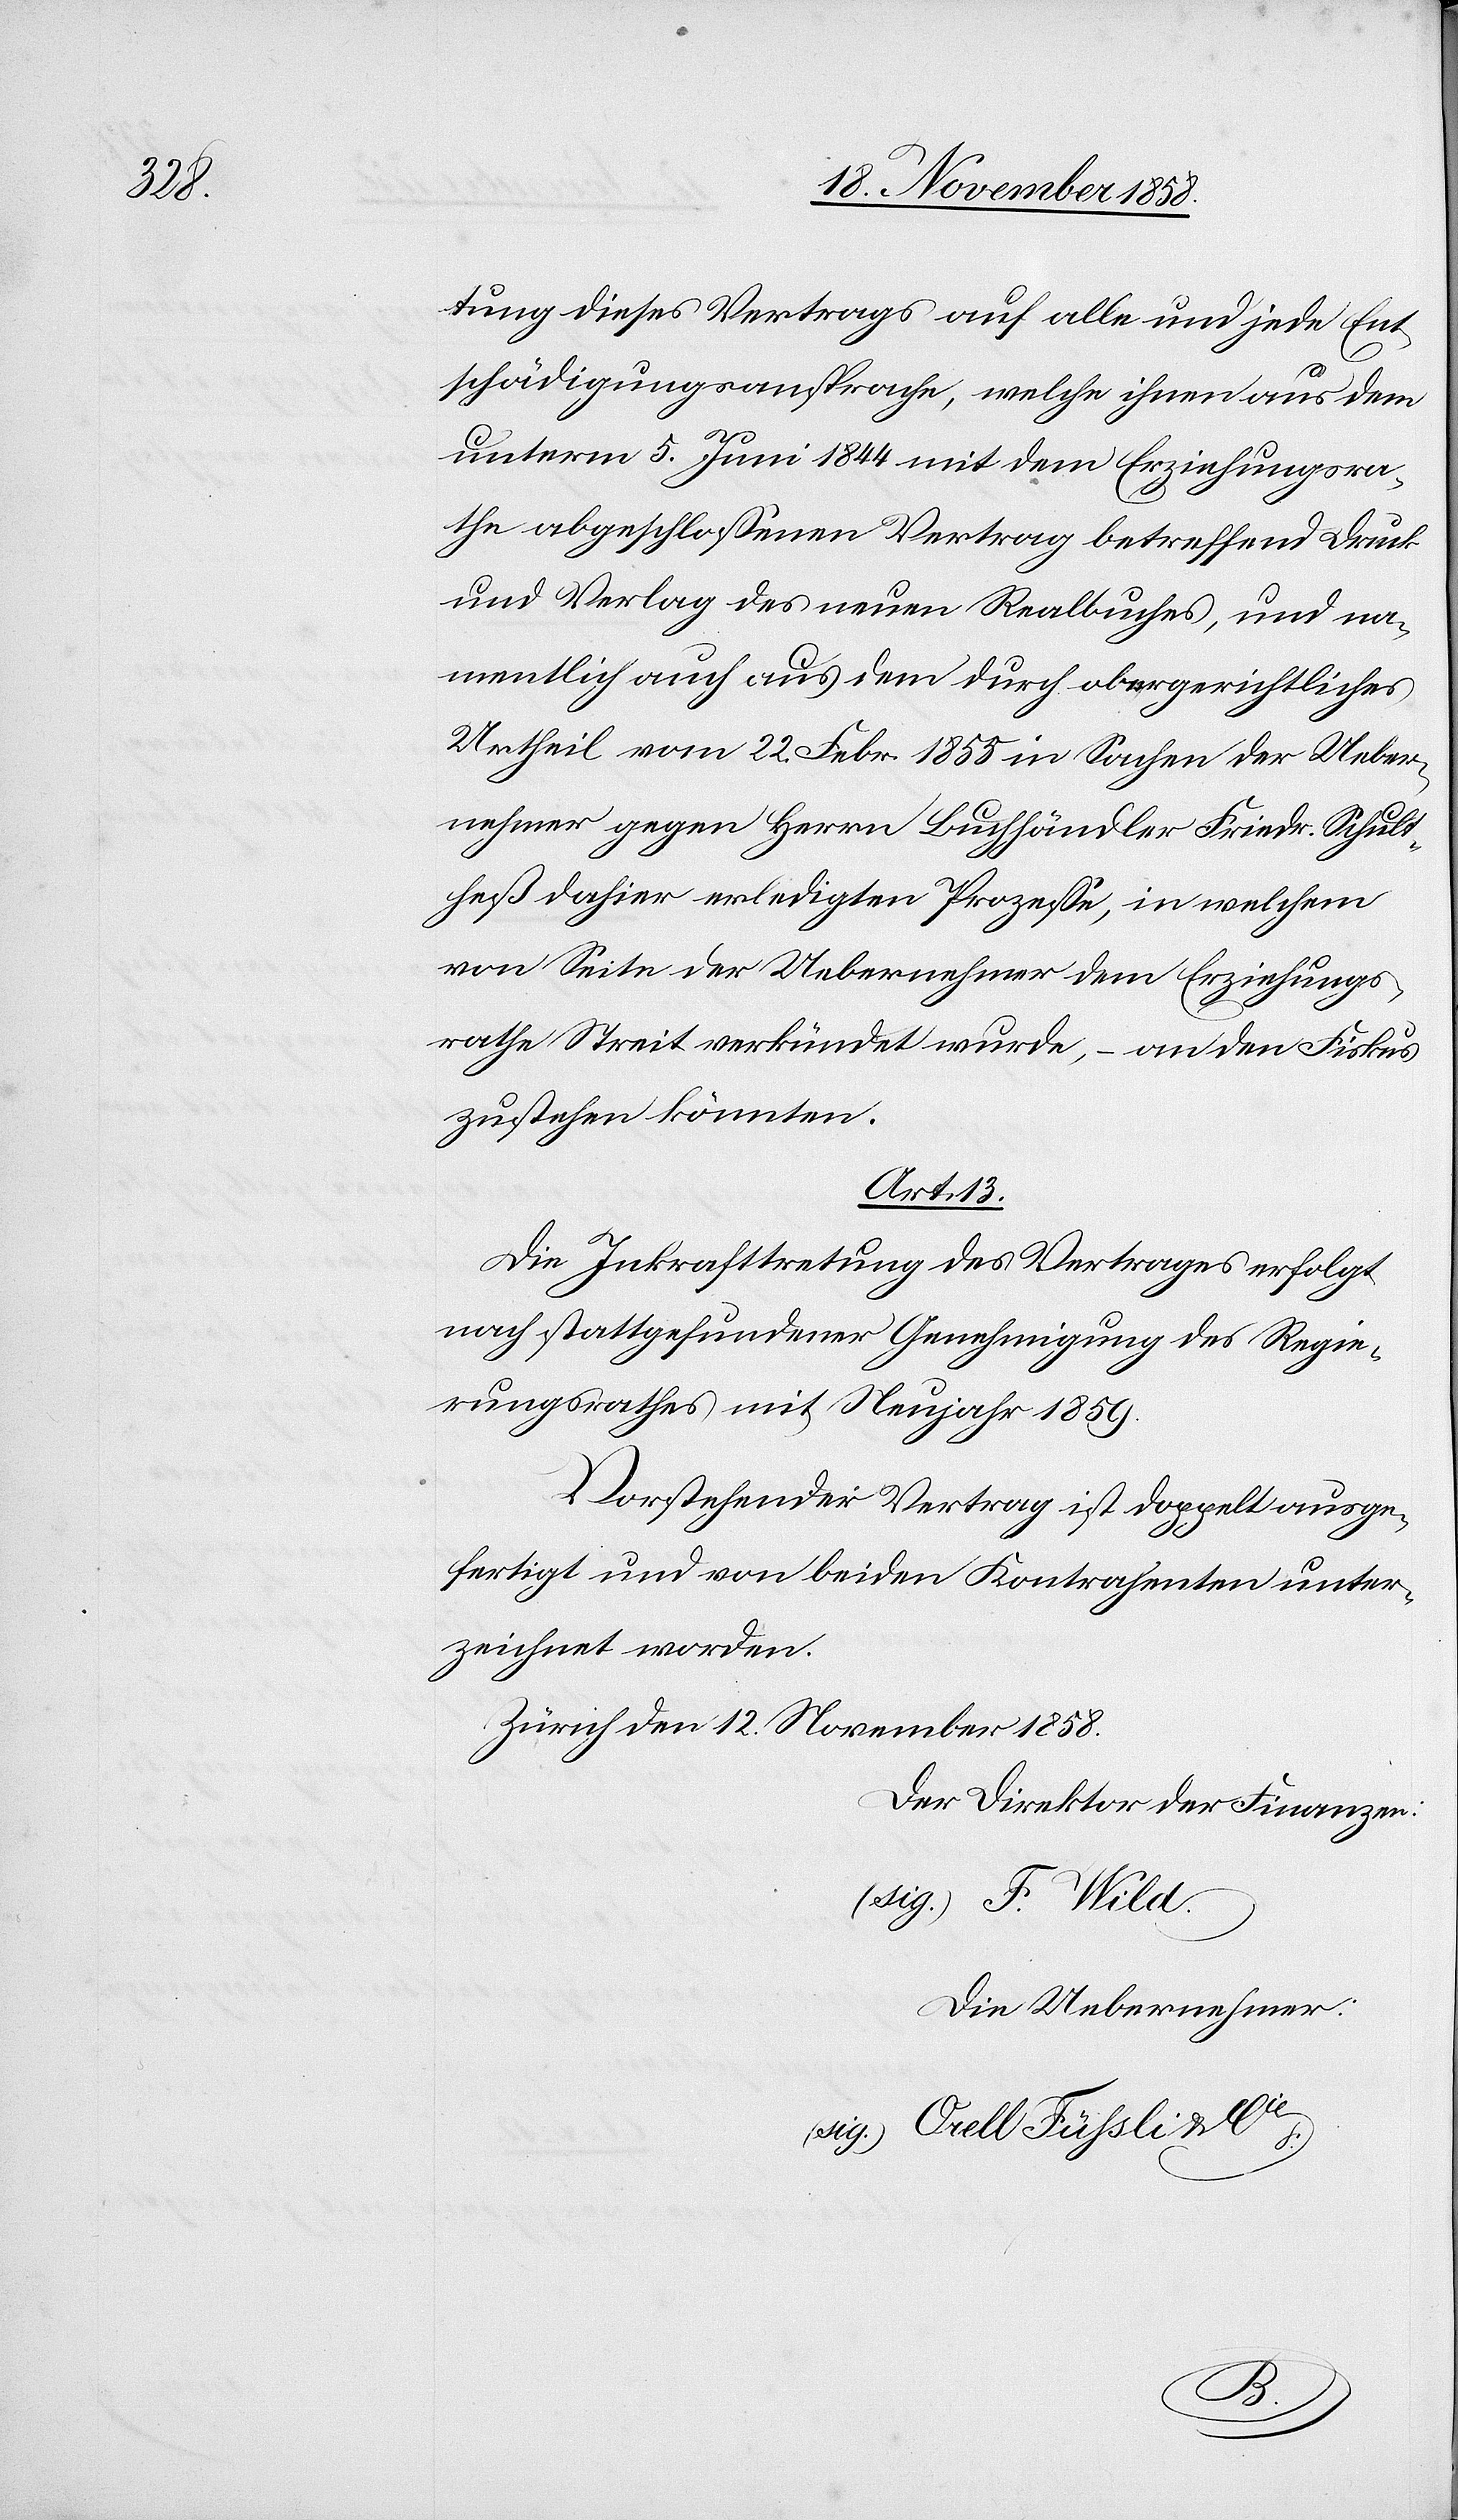
tung dieses Vertrags auf alle und jede Ent¬
schädigungsansprache, welche ihnen aus dem
unterm 5. Juni 1844 mit dem Erziehungsra¬
the abgeschlossenen Vertrag betreffend Druck
und Verlag des neuen Realbuches, und na¬
mentlich auch aus dem durch obergerichtliches
Urtheil vom 22. Febr. 1855 in Sachen der Ueber¬
nehmer gegen Herrn Buchhändler Friedr. Schult¬
heß dahier erledigten Prozesse, in welchem
von Seite der Uebernehmer dem Erziehungs¬
rathe Streit verkündet wurde, – an den Fiskus
zustehen könnten.
Art. 13.
Die Inkrafttretung des Vertrages erfolgt
nach stattgefundener Genehmigung des Regie¬
rungsrathes mit Neujahr 1859.
Vorstehender Vertrag ist doppelt ausge¬
fertigt und von beiden Kontrahenten unter¬
zeichnet worden.
Zürich den 12. November 1858.
Der Direktor der Finanzen:
(sig.) F. Wild.
Die Uebernehmer:
(sig.) Orell Füssli & Cie